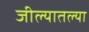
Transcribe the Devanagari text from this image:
जील्यातल्या